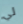
لي